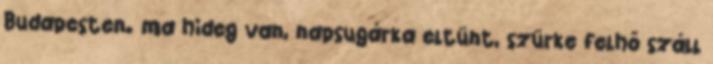
Budapesten. ma hideg van, napsugárka eltünt, szürke felhő száll